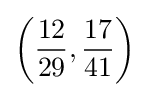
\left({\frac {12}{29}},{\frac {17}{41}}\right)